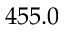
4 5 5 . 0